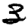
Digit: 3